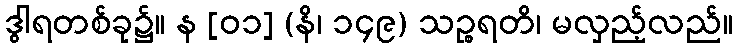
ဒွါရတစ်ခု၌။ န [၀၁] (နိ၊ ၁၄၉) သဉ္စရတိ၊ မလှည့်လည်။